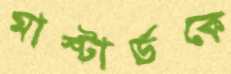
মাস্টার্ডকে